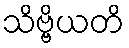
သိဗ္ဗိယတိ